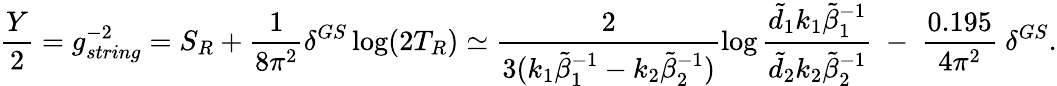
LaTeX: \frac{Y}{2}=g_{string}^{-2}=S_{R}+\frac{1}{8\pi^{2}}\delta^{GS}\log(2T_{R})\simeq\frac{2}{3(k_{1}\tilde{\beta}_{1}^{-1}-k_{2}\tilde{\beta}_{2}^{-1})}\log\frac{\tilde{d}_{1}k_{1}\tilde{\beta}_{1}^{-1}}{\tilde{d}_{2}k_{2}\tilde{\beta}_{2}^{-1}}\ -\ \frac{0.195}{4\pi^{2}}\ \delta^{GS}.